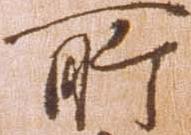
所